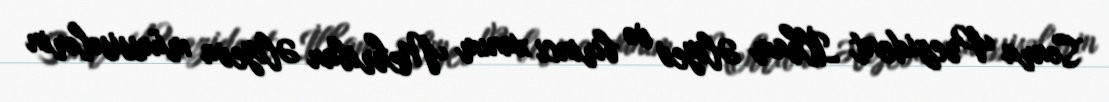
Sonra Prezident İlham Əliyev və birinci xanım Mehriban Əliyeva müəssisələrin